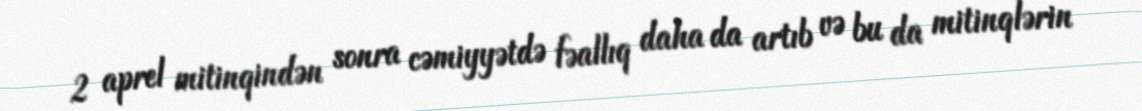
2 aprel mitinqindən sonra cəmiyyətdə fəallıq daha da artıb və bu da mitinqlərin